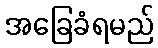
အခြေခံရမည်